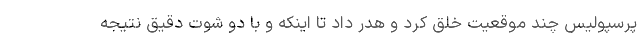
پرسپولیس چند موقعیت خلق کرد و هدر داد تا اینکه و با دو شوت دقیق نتیجه